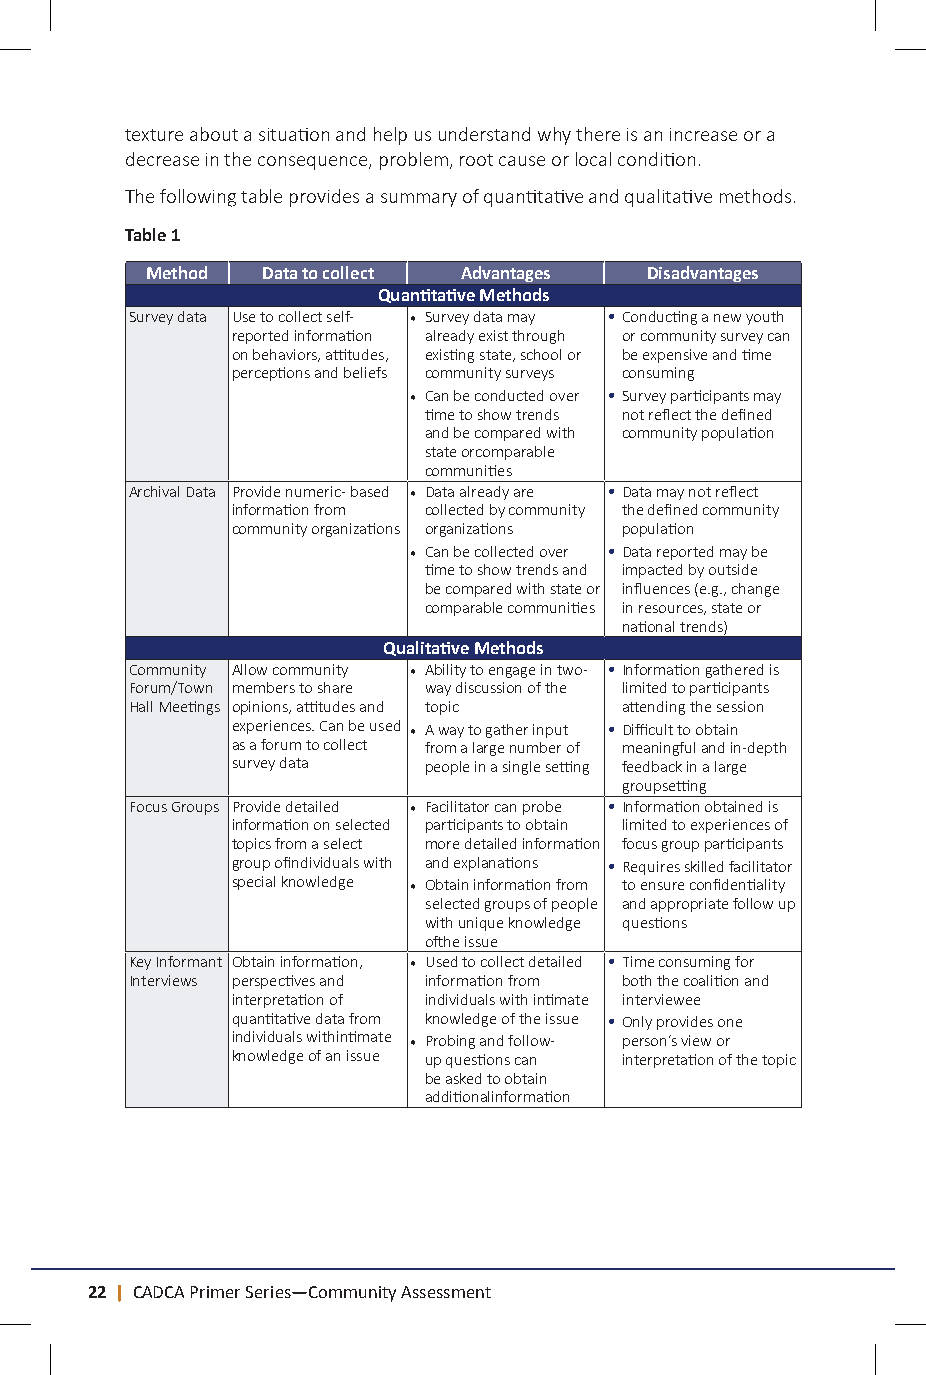
texture about a situation and help us understand why there is an increase or a
 decrease in the consequence, problem, root cause or local condition.
 The following table provides a summary of quantitative and qualitative methods.
 Table 1
 Method Data to collect Advantages Disadvantages
 Quantitative Methods
 Survey data Use to collect self- • Survey data may • Conducting a new youth
 reported information already exist through or community survey can
 on behaviors, attitudes, existing state, school or be expensive and time
 perceptions and beliefs community surveys consuming
 • Can be conducted over • Survey participants may
 time to show trends not reflect the defined
 and be compared with community population
 state orcomparable
 communities
 Archival Data Provide numeric- based • Data already are • Data may not reflect
 information from collected by community the defined community
 community organizations organizations population
 • Can be collected over • Data reported may be
 time to show trends and impacted by outside
 be compared with state or influences (e.g., change
 comparable communities in resources, state or
 national trends)
 Qualitative Methods
 Community Allow community • Ability to engage in two- • Information gathered is
 Forum/Town members to share way discussion of the limited to participants
 Hall Meetings opinions, attitudes and topic attending the session
 experiences. Can be used • A way to gather input • Difficult to obtain
 as a forum to collect from a large number of meaningful and in-depth
 survey data  people in a single setting feedback in a large
 groupsetting
 Focus Groups Provide detailed • Facilitator can probe • Information obtained is
 information on selected participants to obtain limited to experiences of
 topics from a select more detailed information focus group participants
 group ofindividuals with and explanations • Requires skilled facilitator
 special knowledge • Obtain information from to ensure confidentiality
 selected groups of people and appropriate follow up
 with unique knowledge questions
 ofthe issue
 Key Informant Obtain information, • Used to collect detailed • Time consuming for
 Interviews perspectives and information from both the coalition and
 interpretation of individuals with intimate interviewee
 quantitative data from knowledge of the issue • Only provides one
 individuals withintimate • Probing and follow- person’s view or
 knowledge of an issue up questions can interpretation of the topic
 be asked to obtain
 additionalinformation
 22 | CADCA Primer Series—Community Assessment                                CADCA Primer Series—Community Assessment | 23